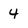
Character: 4